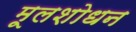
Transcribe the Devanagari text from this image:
मूलशोधन